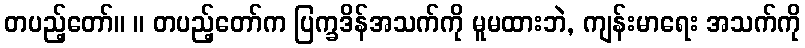
တပည့်တော်။ ။ တပည့်တော်က ပြက္ခဒိန်အသက်ကို မူမထားဘဲ, ကျန်းမာရေး အသက်ကို